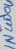
Text: 1N4004